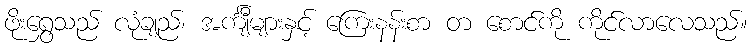
ဖိုးရွှေသည် လုံချည်၊ အင်္ကျီများနှင့် ကြေးနန်းစာ တ စောင်ကို ကိုင်လာလေသည်။